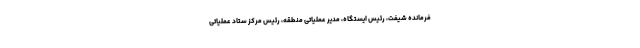
فرمانده شیفت، رئیس ایستگاه، مدیر عملیاتی منطقه، رئیس مرکز ستاد عملیاتی